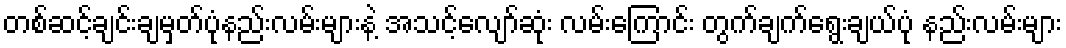
တစ်ဆင့်ချင်းချမှတ်ပုံနည်းလမ်းများနဲ့ အသင့်လျော်ဆုံး လမ်းကြောင်း တွက်ချက်ရွေးချယ်ပုံ နည်းလမ်းများ